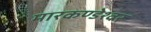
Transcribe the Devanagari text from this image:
मारकण्डेश्वर